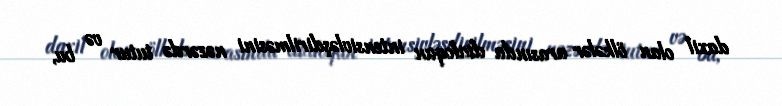
daxil olan ölkələr arasında dialoqun intensivləşdirilməsini nəzərdə tutur və bu,